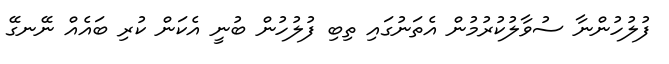
ފުލުހުންނާ ސުވާލުކުރުމުން އެތަނުގައި ތިބި ފުލުހުން ބުނީ އެކަން ކުރި ބައެއް ނޭނގޭ